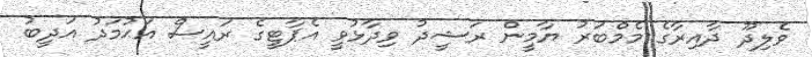
ވެލިދޫ ދާއިރާގެ މެމްބަރު ޔާމީން ރަޝީދު ވިދާޅުވީ އެޕާޓީގެ ރައީސް އަޙުމަދު އަދީބު